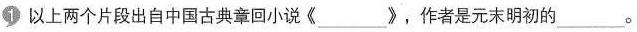
1 以上两个片段出自中国古典章回小说《___》，作者是元末明初的___。